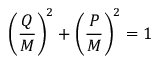
\left( { \frac { Q } { M } } \right) ^ { 2 } + \left( { \frac { P } { M } } \right) ^ { 2 } = 1